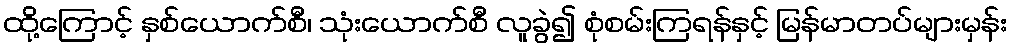
ထို့ကြောင့် နှစ်ယောက်စီ၊ သုံးယောက်စီ လူခွဲ၍ စုံစမ်းကြရန်နှင့် မြန်မာတပ်များမှန်း